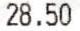
28.50